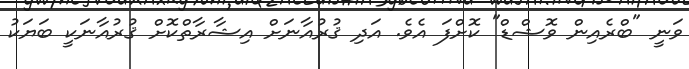
ވަނީ "ބްރެއިން ވޮޝްޑް" ކޮށްފަ އެވެ. އަދި ޤުރުއާނަށް އިޝާރާތްކޮށް ޤުރުއާނަކީ ބަޔަކު